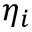
\eta _ { i }